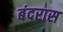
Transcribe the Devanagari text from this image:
बंदरास